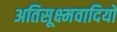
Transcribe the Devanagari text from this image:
अतिसूक्ष्मवादियों